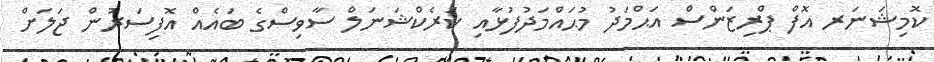
ކޮމިޝަނަރ އޮފް ޕްރިޒަންސް އަޙްމަދު މުޙައްމަދުފުޅާއި ކަރެކްޝަނަލް ސާވިސްގެ ބައެއް އޮފިސަރުން ޖަލަށް